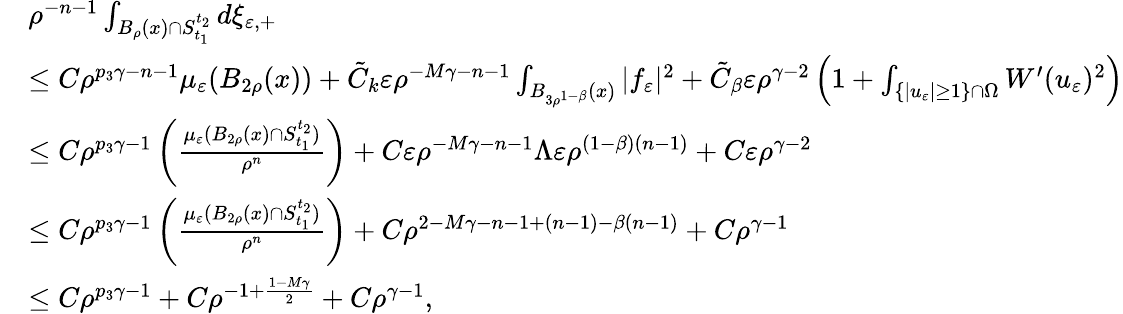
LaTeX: \begin{array}{rl}&{\rho^{-n-1}\int_{B_{\rho}(x)\cap S_{t_{1}}^{t_{2}}}d\xi_{\varepsilon,+}}\\ &{\leq C\rho^{p_{3}\gamma-n-1}\mu_{\varepsilon}(B_{2\rho}(x))+\tilde{C}_{k}\varepsilon\rho^{-M\gamma-n-1}\int_{B_{3\rho^{1-\beta}}(x)}|f_{\varepsilon}|^{2}+\tilde{C}_{\beta}\varepsilon\rho^{\gamma-2}\left(1+\int_{\{ |u_{\varepsilon}|\geq 1\} \cap\Omega}W^{\prime}(u_{\varepsilon})^{2}\right)}\\ &{\leq C\rho^{p_{3}\gamma-1}\left(\frac{\mu_{\varepsilon}(B_{2\rho}(x)\cap S_{t_{1}}^{t_{2}})}{\rho^{n}}\right)+C\varepsilon\rho^{-M\gamma-n-1}\Lambda\varepsilon\rho^{(1-\beta)(n-1)}+C\varepsilon\rho^{\gamma-2}}\\ &{\leq C\rho^{p_{3}\gamma-1}\left(\frac{\mu_{\varepsilon}(B_{2\rho}(x)\cap S_{t_{1}}^{t_{2}})}{\rho^{n}}\right)+C\rho^{2-M\gamma-n-1+(n-1)-\beta(n-1)}+C\rho^{\gamma-1}}\\ &{\leq C\rho^{p_{3}\gamma-1}+C\rho^{-1+\frac{1-M\gamma}{2}}+C\rho^{\gamma-1},}\end{array}